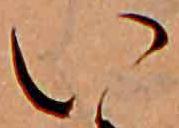
い